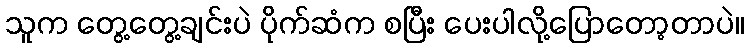
သူက တွေ့တွေ့ချင်းပဲ ပိုက်ဆံက စပြီး ပေးပါလို့ပြောတော့တာပဲ။